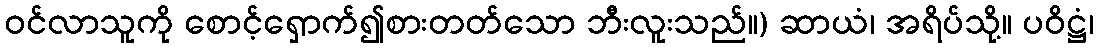
ဝင်လာသူကို စောင့်ရှောက်၍စားတတ်သော ဘီးလူးသည်။) ဆာယံ၊ အရိပ်သို့။ ပဝိဋ္ဌံ၊